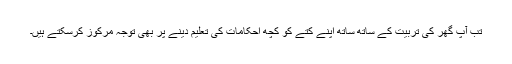
تب آپ گھر کی تربیت کے ساتھ ساتھ اپنے کتے کو کچھ احکامات کی تعلیم دینے پر بھی توجہ مرکوز کرسکتے ہیں۔